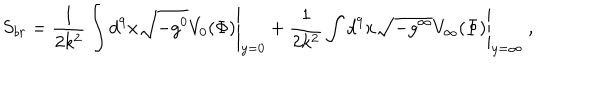
LaTeX: S _ { b r } = \frac { 1 } { 2 k ^ { 2 } } \int d ^ { 9 } x \sqrt { - g ^ { 0 } } V _ { 0 } ( \Phi ) \Bigg | _ { y = 0 } + \frac { 1 } { 2 k ^ { 2 } } \int d ^ { 9 } x \sqrt { - g ^ { \infty } } V _ { \infty } ( \Phi ) \Bigg | _ { y = \infty } \ ,